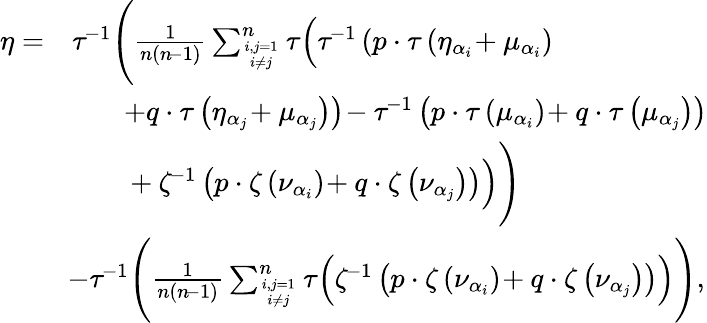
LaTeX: \begin{array}{rl}{\eta=}&{\tau^{\! -1}\Bigg(\frac{1}{n(n\! -1)}\sum_{i,j=1\atop i\neq j}^{n}\tau\Big(\tau^{\! -1}\left(p\cdot\tau\left(\eta_{\alpha_{i}}\! +\mu_{\alpha_{i}}\right)\right.\Big.\Bigg.}\\ &{\quad\quad\left.\! +q\cdot\tau\left(\eta_{\alpha_{j}}\! +\mu_{\alpha_{j}}\right)\right)\! -\tau^{\! -1}\left(p\cdot\tau\left(\mu_{\alpha_{i}}\right)\! +q\cdot\tau\left(\mu_{\alpha_{j}}\right)\right)}\\ &{\Bigg.\Big.\quad\quad\! +\zeta^{\! -1}\left(p\cdot\zeta\left(\nu_{\alpha_{i}}\right)\! +q\cdot\zeta\left(\nu_{\alpha_{j}}\right)\right)\Big)\Bigg)}\\ &{\! -\tau^{\! -1}\Bigg(\frac{1}{n(n\! -1)}\sum_{i,j=1\atop i\neq j}^{n}\tau\Big(\zeta^{\! -1}\left(p\cdot\zeta\left(\nu_{\alpha_{i}}\right)\! +q\cdot\zeta\left(\nu_{\alpha_{j}}\right)\right)\Big)\Bigg),}\end{array}